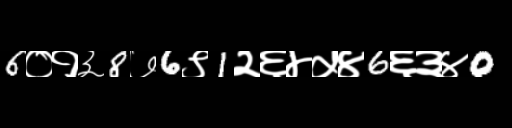
Text: 6०१३8७6९1२६४५४6६३४0